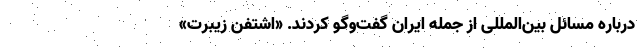
درباره مسائل بین‌المللی از جمله ایران گفت‌وگو کردند. «اشتفن زیبرت»